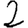
Digit: 2